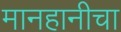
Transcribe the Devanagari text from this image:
मानहानीचा